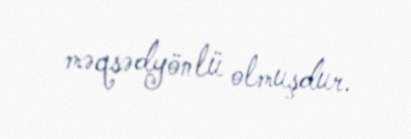
məqsədyönlü olmuşdur.